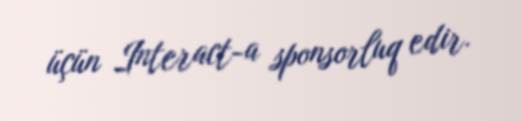
üçün Interact-a sponsorluq edir.